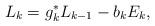
LaTeX: \begin{align*} L_k = g_k^*L_{k-1} - b_k E_k,\end{align*}